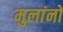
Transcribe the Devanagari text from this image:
मुलांनो